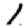
Digit: 1